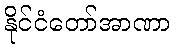
နိုင်ငံတော်အာဏာ